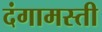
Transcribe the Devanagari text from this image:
दंगामस्ती